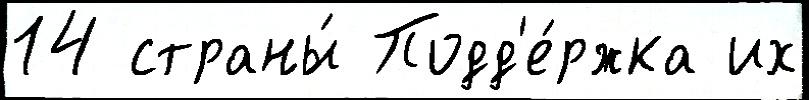
14 страны́ Подд'е́ржка их